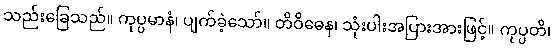
သည်းခြေသည်။ ကုပ္ပမာနံ၊ ပျက်ခဲ့သော်။ တိဝိဓေန၊ သုံးပါးအပြားအားဖြင့်။ ကုပ္ပတိ၊